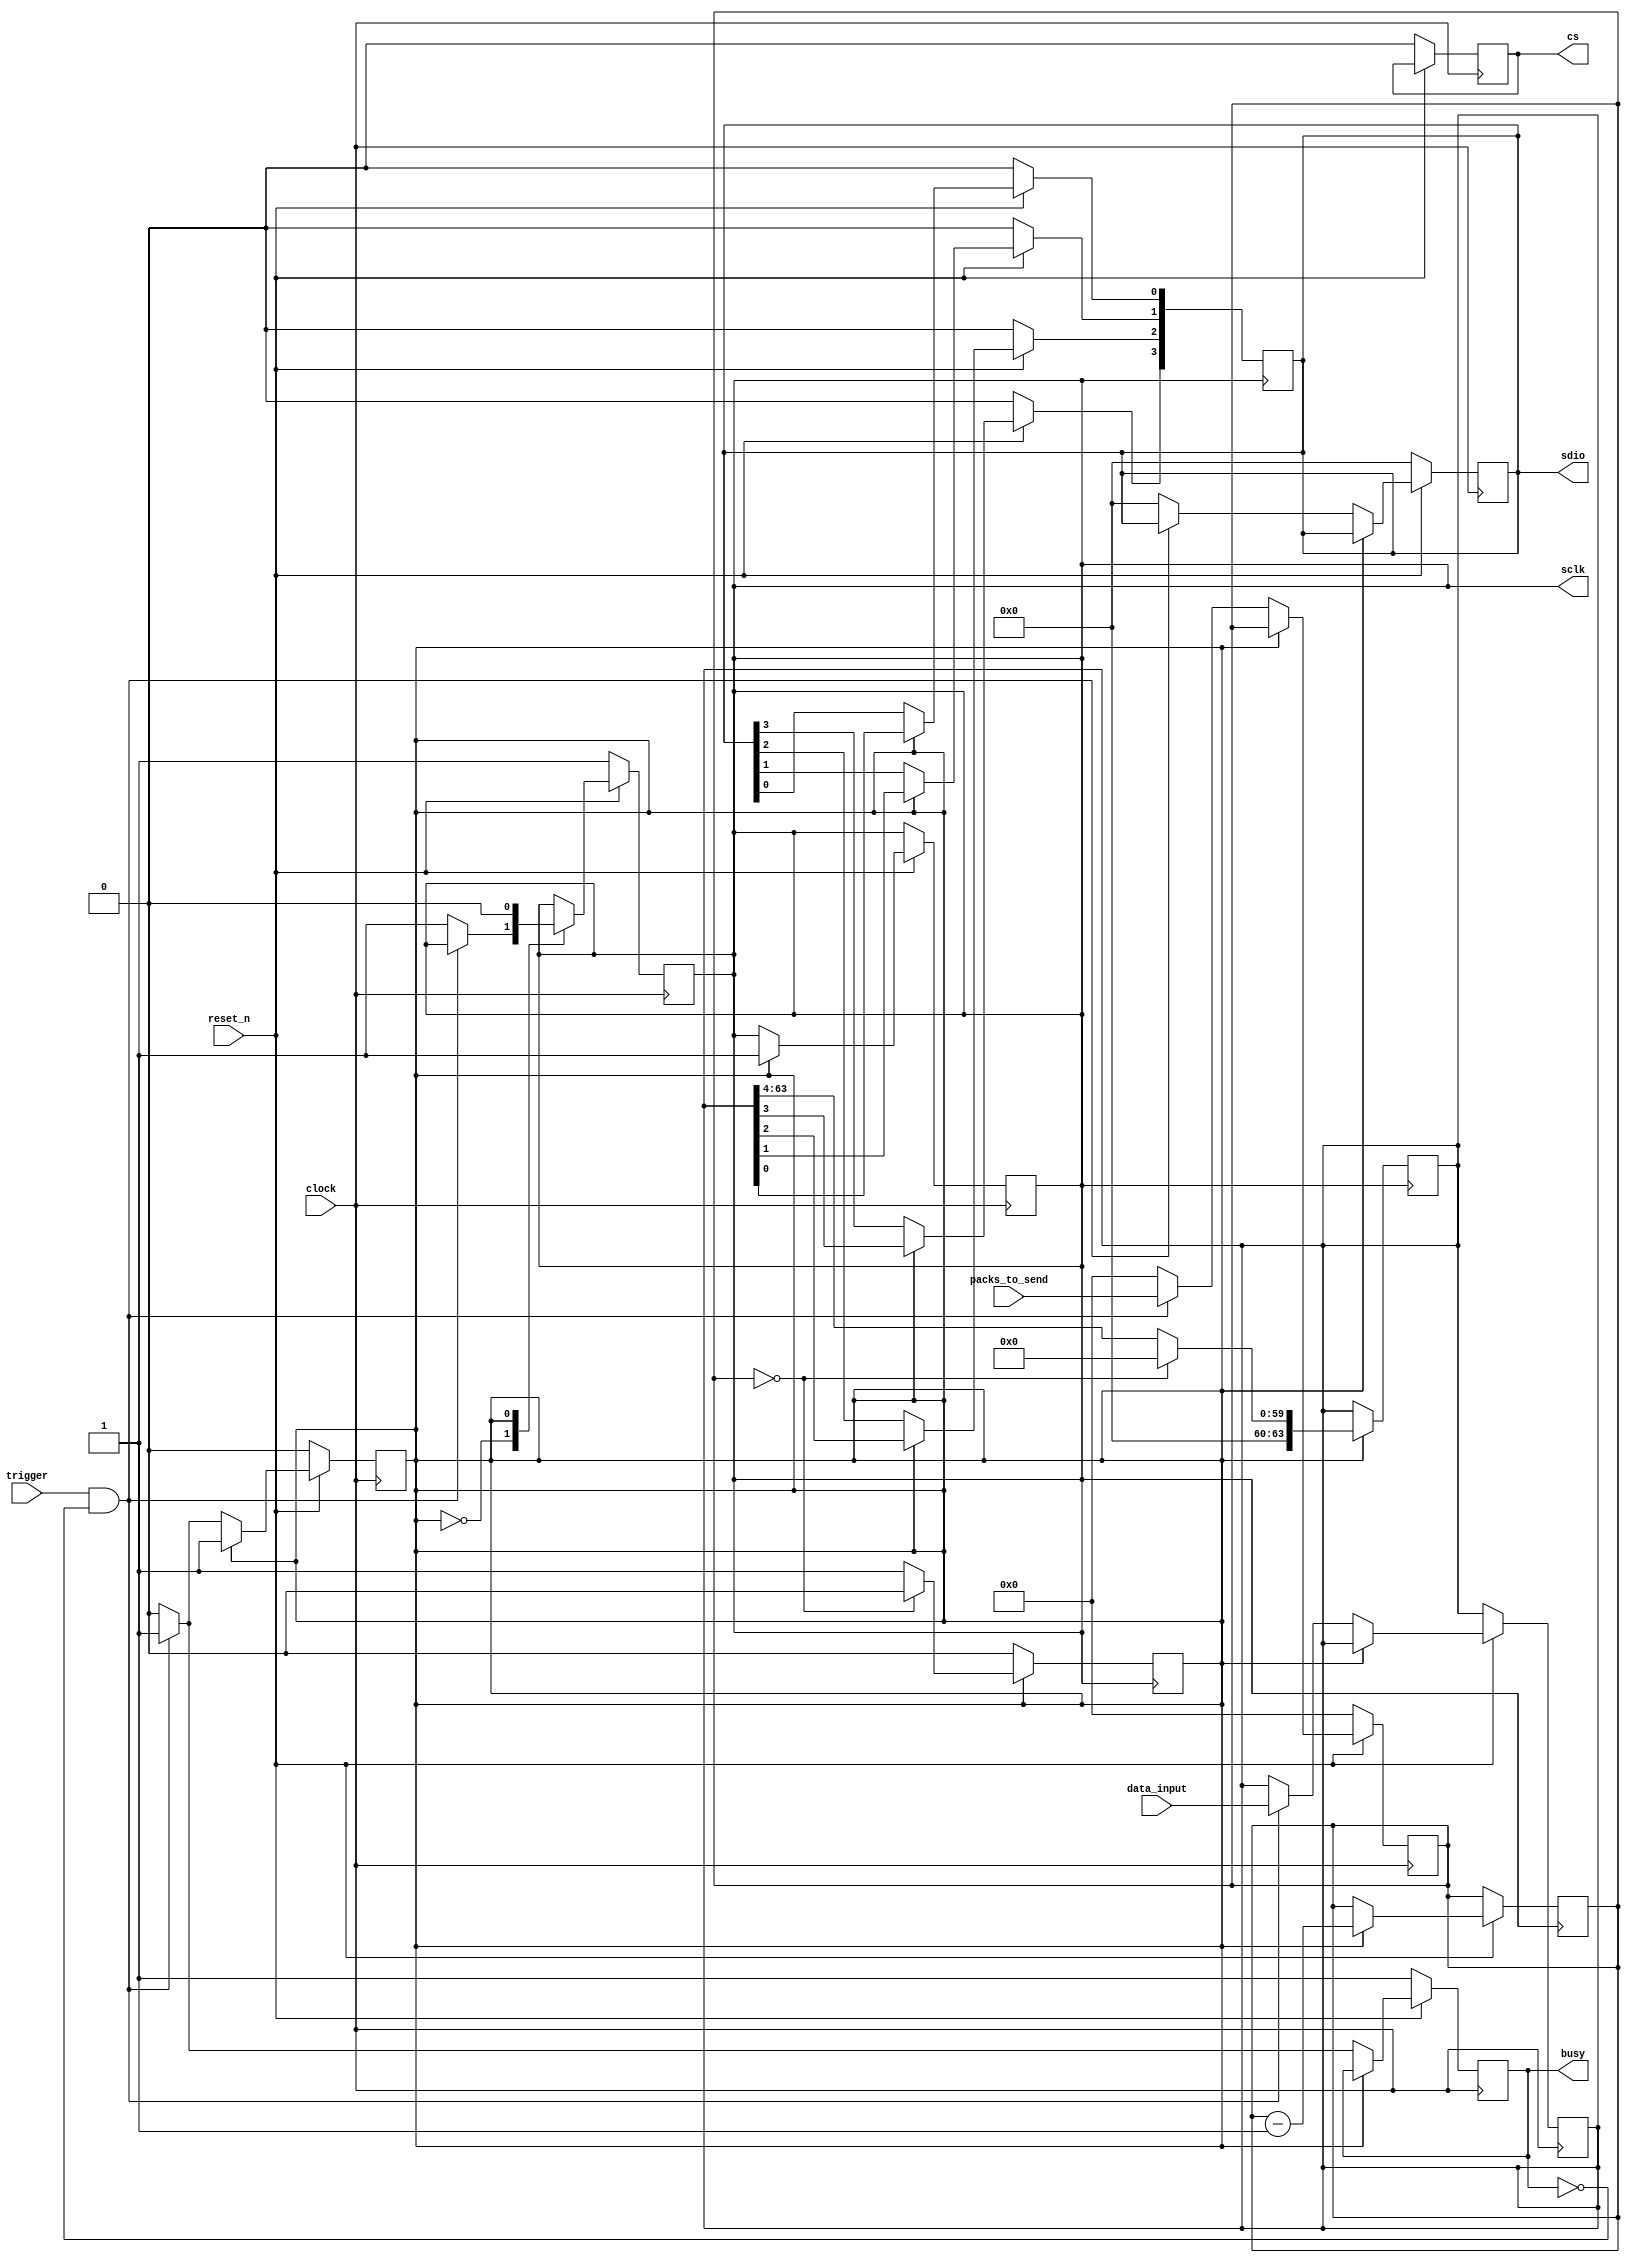
`timescale 1ns / 1ps
/* PASSED TEST */

/*
 * Send-only-spi module
 * 1 pack (= 4 bit) of data are read every posedge of sclk.
 * Send only, Clock stall high, update sdio on negedge of sclk.
 * Data is sent in LSB first
 * packs[0] -> sdio[0]
 * packs[1] -> sdio[1]
 * ..
 * 
 * Usage of this module
 * 1. Set data to send on data_input and packs_to_send. see manual for AD9958.
 * 2. set trigger high when busy is low.
 * 3. wait for busy turn to low before sending next data.
 */
module spi_send_only(
					 input 			  clock,
					 input 			  reset_n,
					 input 			  trigger,
					 output reg 	  busy,
					 input [4:0] 	  packs_to_send,
					 // 
					 input [63:0] 	  data_input,
					 // SPI interface
					 output reg 	  cs,
					 output reg 	  sclk,
					 output reg [3:0] sdio
);
   /* STATEMACHINE DEFINITION */
   parameter
	 STATE_IDLE = 0,
	 STATE_SEND = 1;

   reg 								  state;
   reg [4:0] 						  packs_cntr;

   // Send buffer
   reg [63:0] 						  data_send;
   
   
   // set to low by default
   //assign sdio = 4'b0;
   // clock stall high
   //assign sclk = 1'b1;
   
   always @(posedge clock) begin
	  if(~reset_n) begin
		 cs <= 0; // assuming single device is connected.		 
		 state <= STATE_IDLE;
		 busy <= 1;
		 sclk <= 1'b1;
		 sdio <= 4'b0;
		 packs_cntr <= 5'b0;
	  end else begin
		 case(state)
		   STATE_IDLE : begin
			  if(trigger & ~busy) begin
				 state <= STATE_SEND;
				 busy <= 1;
				 packs_cntr <= packs_to_send;
				 data_send <= data_input;				 
			  end else begin
				 busy <= 0;
				 sclk <= 1'b1;
				 sdio <= 4'b0;
				 packs_cntr <= 5'b0;
			  end // else: !if(trigger & ~busy)
		   end // case: STATE_IDLE
		   
		   STATE_SEND : begin
			  sclk <= 1'b0;
		   end
		   
		   default : begin
		   end
		 endcase // case (state)
	  end // else: !if(~reset_n)
   end // always @ (posedge clock)

   always @(negedge clock)begin
	  if(~reset_n) begin
	  end else begin
		 case(state)
		   STATE_IDLE : begin
		   end

		   STATE_SEND : begin
			  sclk <= 1'b1;
		   end

		   default :begin
		   end

		 endcase // case (state)
	  end // else: !if(~reset_n)
   end // always @ (negedge clock)

   /*
	* Update sdio registers.
	*/
   always @(negedge sclk) begin
	  if(~reset_n) begin
		 sdio <= 4'b0;
	  end else begin
		 case (state)
		   STATE_IDLE : begin
		   end

		   STATE_SEND : begin
			  // once sdio is updated, shift data_send @ posedge of sclk
			  sdio[0] <= data_send[0];
			  sdio[1] <= data_send[1];
			  sdio[2] <= data_send[2];
			  sdio[3] <= data_send[3];

			  packs_cntr <= packs_cntr - 1;
		   end

		   default : begin
		   end
		 endcase // case (state)
	  end // else: !if(~reset_n)
   end // always @ (negedge sclk)

   always @(posedge sclk) begin
	  case (state)
		STATE_IDLE :begin
		end

		STATE_SEND : begin
		   if(packs_cntr == 0) begin
			  data_send <= 64'h0;
			  state <= STATE_IDLE;
		   end else begin
			  // shift data for next pack
			  //data_send <= {4'b0, data_send[32:4]};
			  data_send <= (data_send >> 4);
		   end
		end
	  endcase // case (state)
   end // always @ (posedge sclk)
endmodule // spi_send_only